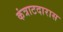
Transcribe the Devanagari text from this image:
कंत्राटदारास